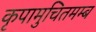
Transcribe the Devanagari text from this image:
कृपामुचितमम्ब